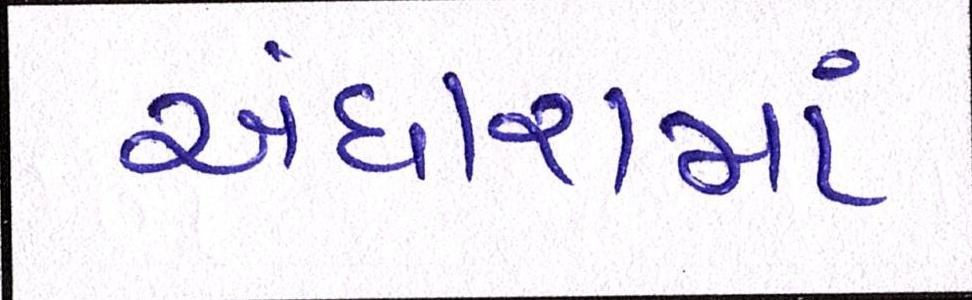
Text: અંધારામાં